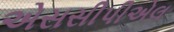
એસસીપીએલ